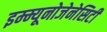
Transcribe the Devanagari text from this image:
इम्म्यूनोजेनेसिटी